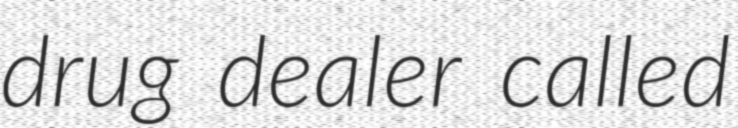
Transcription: drug dealer called